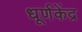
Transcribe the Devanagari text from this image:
धूर्णकेंद्र